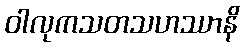
ဝါလုကသတသဟဿာနိ